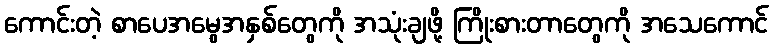
ကောင်းတဲ့ စာပေအမွေအနှစ်တွေကို အသုံးချဖို့ ကြိုးစားတာတွေကို အသေကောင်